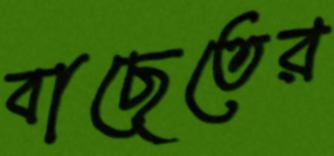
বাছেতের